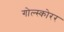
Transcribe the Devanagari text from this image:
गोल्स्कोरर